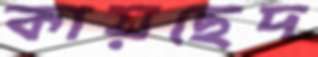
কায়ছেদ